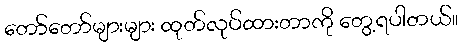
တော်တော်များများ ထုတ်လုပ်ထားတာကို တွေ့ရပါတယ်။